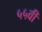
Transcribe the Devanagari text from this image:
५५वीं